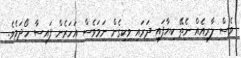
ވެސް ލާރިއެއް ނެތޭ ކިޔާފައި ދަރައި ވިކިގެން ނަމަވެސް އަހަރެން ފައިސާ ހޯދަމެވެ.